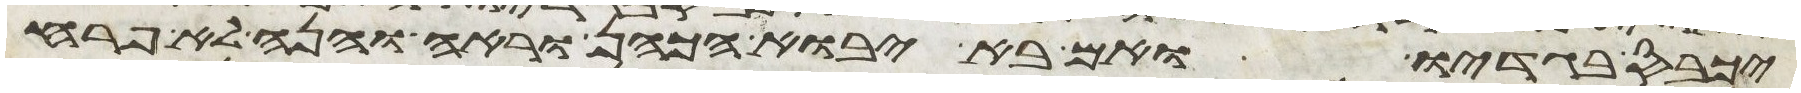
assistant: יכבס בגדיו ואם בא יבוא הכהן וראה והנה לא פרח